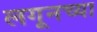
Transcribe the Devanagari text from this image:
लगूनच्या